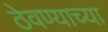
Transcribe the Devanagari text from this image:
ठेवण्‍याच्‍या